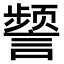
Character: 𫍐